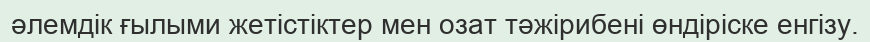
әлемдік ғылыми жетістіктер мен озат тәжірибені өндіріске енгізу.